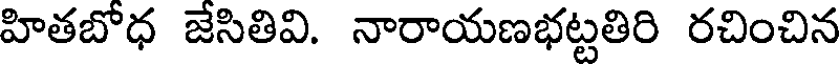
హితబోధ జేసితివి. నారాయణభట్టతిరి రచించిన